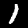
Digit: 1